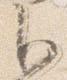
臣